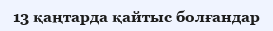
13 қаңтарда қайтыс болғандар